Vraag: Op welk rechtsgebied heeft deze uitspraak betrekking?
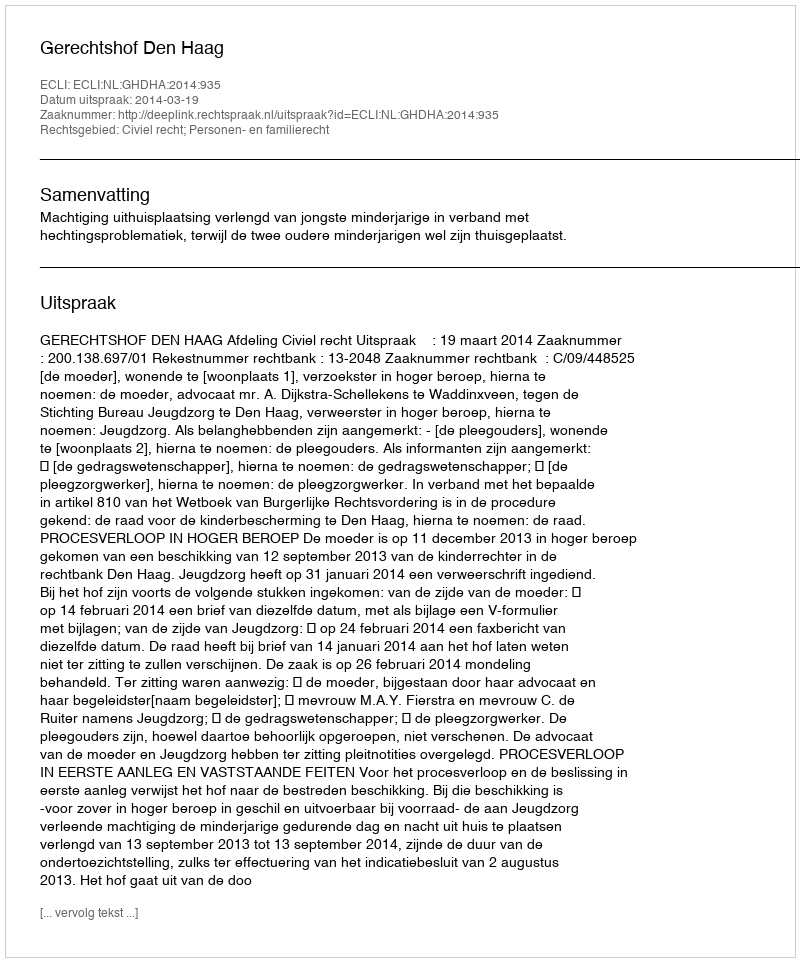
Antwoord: Civiel recht; Personen- en familierecht